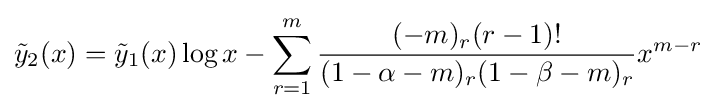
{\tilde {y}}_{2}(x)={\tilde {y}}_{1}(x)\log x-\sum _{r=1}^{m}{\frac {(-m)_{r}(r-1)!}{(1-\alpha -m)_{r}(1-\beta -m)_{r}}}x^{m-r}